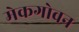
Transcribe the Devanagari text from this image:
मेकगोवन